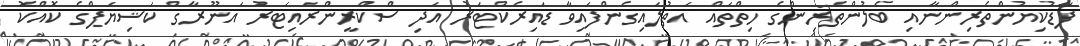
ފާޑުކިޔުންތެރިންނާއި ބެލުންތެރިންގެ ހިތްތައް އަތުލައިގެންފައިވާ ޑައިރެކްޓަރު އަދި ސްކްރީންރައިޓަރު އަނޫރާގް ކަޝިޔަޕްގެ ކޮއްކޮ